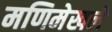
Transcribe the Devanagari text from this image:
मणिमेखले